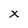
Character: x